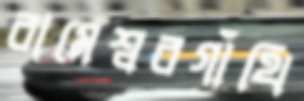
রামেশ্বরগাঁথি